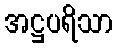
အဋ္ဌပရိသာ